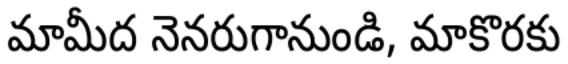
మామీద నెనరుగానుండి, మాకొరకు